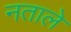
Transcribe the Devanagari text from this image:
नताले